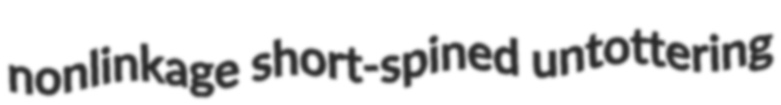
nonlinkage short-spined untottering